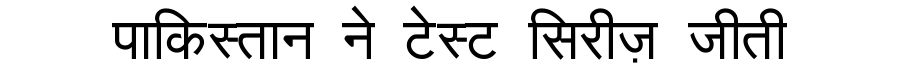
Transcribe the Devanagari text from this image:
पाकिस्तान ने टेस्ट सिरीज़ जीती